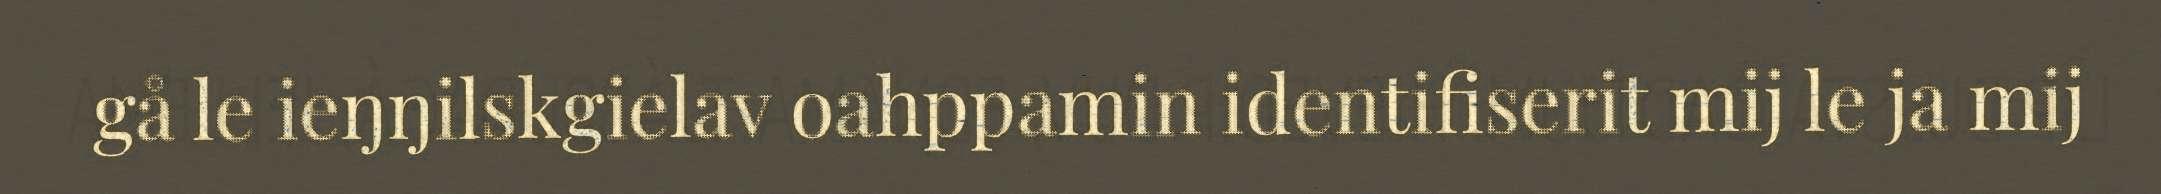
gå le ieŋŋilskgielav oahppamin identifiserit mij le ja mij